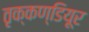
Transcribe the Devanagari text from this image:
तृक्कण्डियूर